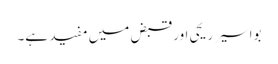
بواسیر ریحی اور قبض میں مفید ہے۔